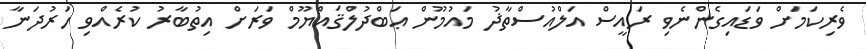
ވެރިކަމަށް ވަޑައިގެންނެވި ރައީސް އަލްއުސްތާޛު މައުމޫން ޢަބްދުލްޤައްޔޫމް ވަރަށް އިތުބާރު ކުރެއްވި ހަރުދަނާ